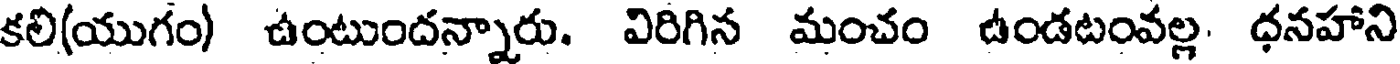
కలి(యుగం) ఉంటుందన్నారు. విరిగిన మంచం ఉండటంవల్ల, ధనహాని